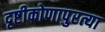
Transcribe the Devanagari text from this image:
दृष्टीकोणापुरत्या